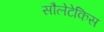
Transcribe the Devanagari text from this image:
सौलेटेकिस